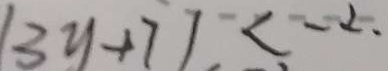
1 3 y + 7 1 < 2